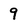
Character: 9